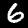
Label: 6